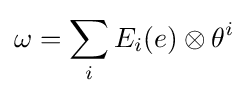
\omega =\sum _{i}E_{i}(e)\otimes \theta ^{i}